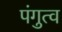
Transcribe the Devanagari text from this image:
पंगुत्व